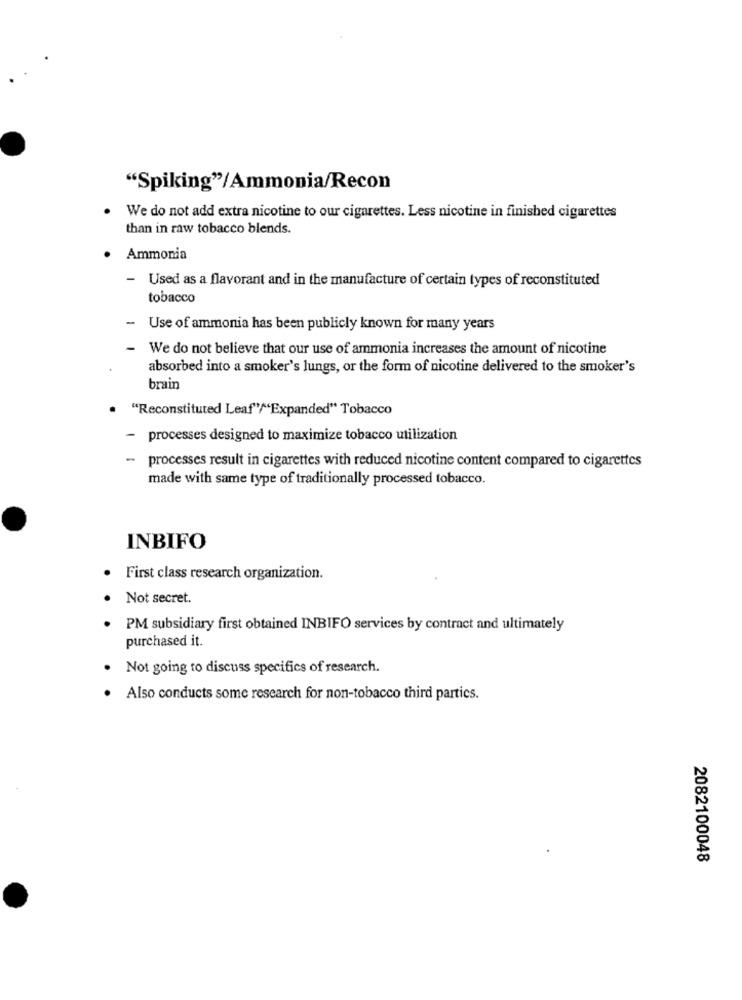
"Spiking"/Ammonia/Recon
We do not add extra nicotine to our cigarettes. Less nicotine in finished cigarettes
than in raw tobacco blends.
Ammonia
-
Used as a flavorant and in the manufacture of certain types of reconstituted
tobacco
Use of ammonia has been publicly known for many years
- We do not believe that our use of ammonia increases the amount of nicotine
absorbed into a smoker's lungs, or the form of nicotine delivered to the smoker's
brain
"Reconstituted Leaf"/"Expanded" Tobacco
- processes designed to maximize tobacco utilization
-
processes result in cigarettes with reduced nicotine content compared to cigarettes
made with same type of traditionally processed tobacco.
INBIFO
First class research organization.
Not secret.
PM subsidiary first obtained INBIFO services by contract and ultimately
purchased it.
Not going to discuss specifics of research.
Also conducts some research for non-tobacco third parties.
2082100048